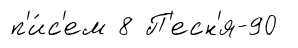
п'и́с'ем 8 П'есн'я-90